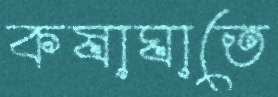
কষাঘাতে